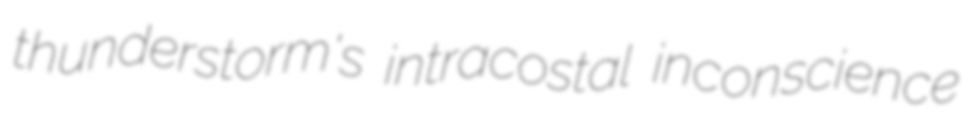
thunderstorm's intracostal inconscience